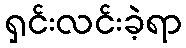
ရှင်းလင်းခဲ့ရာ